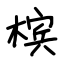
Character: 槟